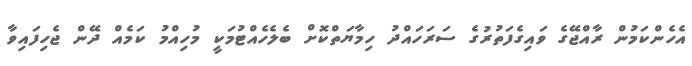
އެހެންކަމުން ރާއްޖޭގެ ވައިގެފަތުރުގެ ސަރަހައްދު ހިމާޔަތްކޮށް ބެލެހެއްޓުމަކީ މުހިއްމު ކަމެއް ދޭން ޖެހިފައިވާ